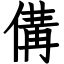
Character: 傋